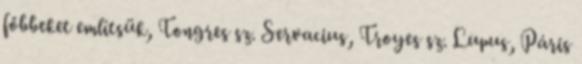
főbbeket említsük, Tongres sz. Servacius, Troyes sz. Lupus, Páris